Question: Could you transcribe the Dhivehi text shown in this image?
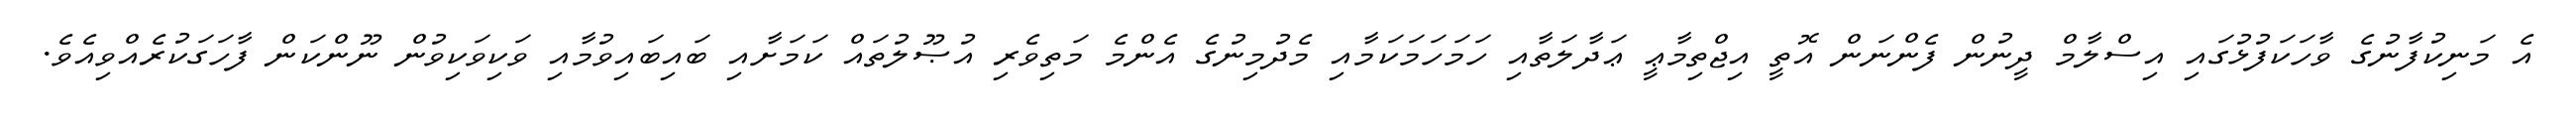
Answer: އެ މަނިކުފާނުގެ ވާހަކަފުޅުގައި އިސްލާމް ދީނުން ފެންނަން އޮތީ އިޖްތިމާޢީ ޢަދާލަތާއި ހަމަހަމަކަމާއި މެދުމިނުގެ އެންމެ މަތިވެރި އުޞޫލުތައް ކަމަށާއި ބައިބައިވުމާއި ވަކިވަކިވުން ނޫންކަން ފާހަގަކުރެއްވިއެވެ.